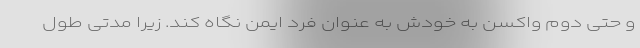
و حتی دوم واکسن به خودش به عنوان فرد ایمن‌ نگاه کند. زیرا مدتی طول